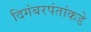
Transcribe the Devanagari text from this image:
दिगंबरपंतांकडे